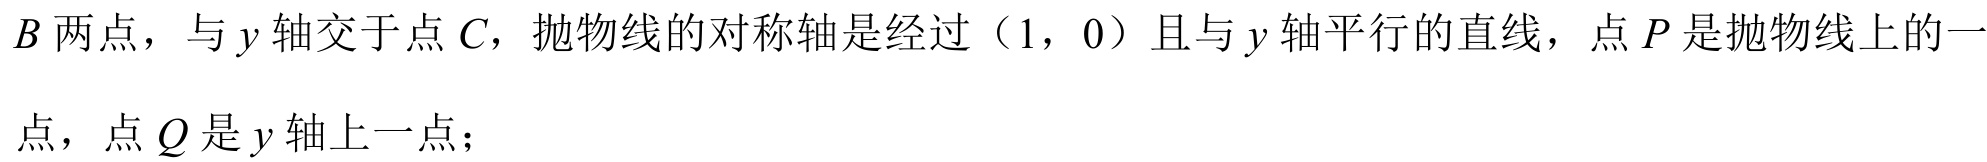
$B$两点，与$y$轴交于点$C$，抛物线的对称轴是经过（1，0）且与$y$轴平行的直线，点$P$是抛物线上的一

点，点$Q$是$y$轴上一点；